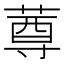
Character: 𰱫